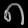
Digit: ၈